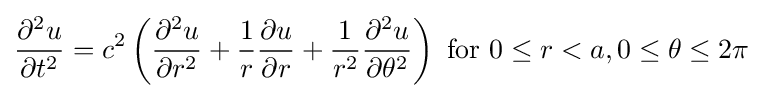
{\frac {\partial ^{2}u}{\partial t^{2}}}=c^{2}\left({\frac {\partial ^{2}u}{\partial r^{2}}}+{\frac {1}{r}}{\frac {\partial u}{\partial r}}+{\frac {1}{r^{2}}}{\frac {\partial ^{2}u}{\partial \theta ^{2}}}\right){\text{ for }}0\leq r<a,0\leq \theta \leq 2\pi